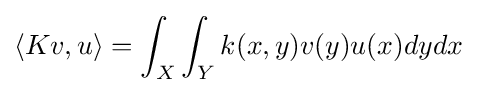
\langle Kv,u\rangle =\int _{X}\int _{Y}k(x,y)v(y)u(x)dydx